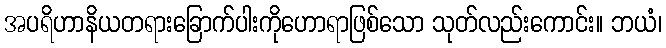
အပရိဟာနိယတရားခြောက်ပါးကိုဟောရာဖြစ်သော သုတ်လည်းကောင်း။ ဘယံ၊